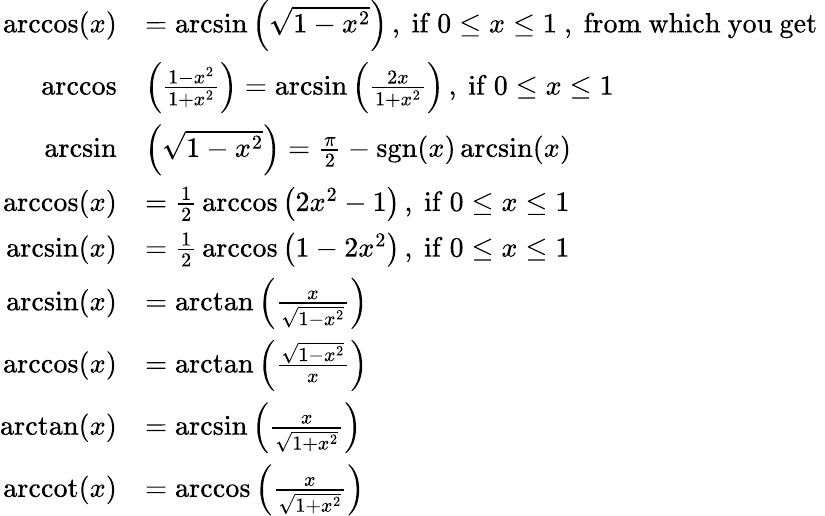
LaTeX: {\begin{array}{rl}{\operatorname{arccos}(x)}&{=\arcsin\left({\sqrt{1-x^{2}}}\right)\, ,{\mathrm{~if~}}0\leq x\leq 1{\mathrm{~,~from~which~you~get~}}}\\ {\operatorname{arccos}}&{\left({\frac{1-x^{2}}{1+x^{2}}}\right)=\arcsin\left({\frac{2x}{1+x^{2}}}\right)\, ,{\mathrm{~if~}}0\leq x\leq 1}\\ {\arcsin}&{\left({\sqrt{1-x^{2}}}\right)={\frac{\pi}{2}}-\operatorname{sgn}(x)\arcsin(x)}\\ {\operatorname{arccos}(x)}&{={\frac{1}{2}}\operatorname{arccos}\left(2x^{2}-1\right)\, ,{\mathrm{~if~}}0\leq x\leq 1}\\ {\arcsin(x)}&{={\frac{1}{2}}\operatorname{arccos}\left(1-2x^{2}\right)\, ,{\mathrm{~if~}}0\leq x\leq 1}\\ {\arcsin(x)}&{=\arctan\left({\frac{x}{\sqrt{1-x^{2}}}}\right)}\\ {\operatorname{arccos}(x)}&{=\arctan\left({\frac{\sqrt{1-x^{2}}}{x}}\right)}\\ {\arctan(x)}&{=\arcsin\left({\frac{x}{\sqrt{1+x^{2}}}}\right)}\\ {\operatorname{arccot}(x)}&{=\operatorname{arccos}\left({\frac{x}{\sqrt{1+x^{2}}}}\right)}\end{array}}